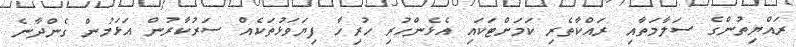
ރައްޔިތުންގެ ސަލާމަތާއި ރައްކާތެރި ކަމަށްޓަކައި އެޅެންހުރި ހުރިހާ ފިޔަވަޅުތަކެއް ސަރުކާރުން އަޅަމުން ގެންދާނެ